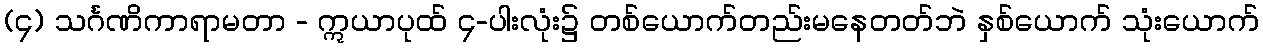
(၄) သင်္ဂဏိကာရာမတာ - ဣယာပုထ် ၄-ပါးလုံး၌ တစ်ယောက်တည်းမနေတတ်ဘဲ နှစ်ယောက် သုံးယောက်